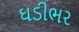
ઘડીભર